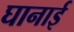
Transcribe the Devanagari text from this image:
घानाई